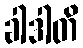
ခါဒါတိ